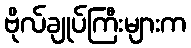
ဗိုလ်ချုပ်ကြီးများက